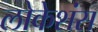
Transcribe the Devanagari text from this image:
लोकेशंस